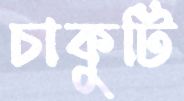
চাকুটি